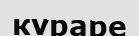
кураре